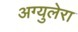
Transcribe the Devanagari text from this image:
अग्युलेरा